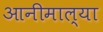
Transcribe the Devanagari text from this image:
आनीमाल्या